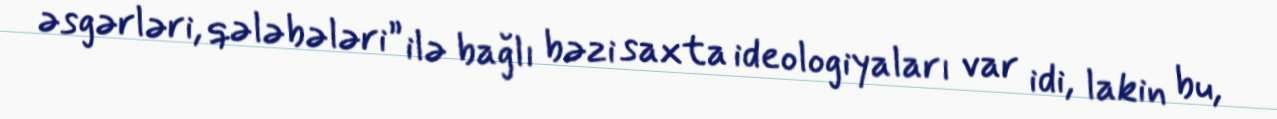
əsgərləri, qələbələri” ilə bağlı bəzi saxta ideologiyaları var idi, lakin bu,